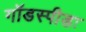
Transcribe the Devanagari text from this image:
गॉडस्पीडः